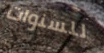
للسنوات